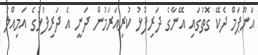
އަނޫޕަމް ދެކޭ ގޮތުގައި އޭނާގެ ދަރިފުޅު ކުރިއަރަމުން ދަނީ އެ ދަރިފުޅުގެ އަމިއްލަ